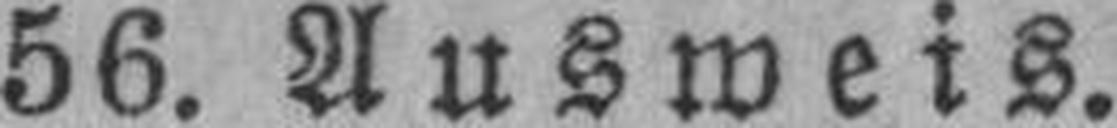
56. Ausweis.